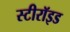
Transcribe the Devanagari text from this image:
स्टीरॉइड